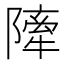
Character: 𨼀